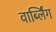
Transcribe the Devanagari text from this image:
वार्ब्लिंग